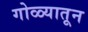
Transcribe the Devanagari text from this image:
गोळ्यातून